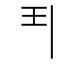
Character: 𩰊